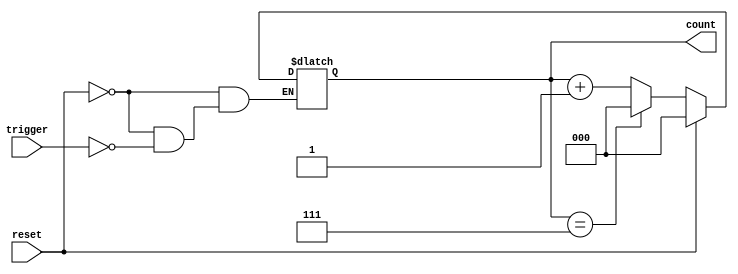
module mod_n_async_counter #(
    parameter N = 8 // Modulus value (e.g., 8 for Mod-8)
)(
    input wire trigger,     // Trigger signal to increment the counter
    input wire reset,       // Asynchronous reset signal
    output reg [k-1:0] count // Counter output
);
    // Determine the number of bits required to represent the count
    localparam k = $clog2(N); // Minimum bits required to represent values from 0 to N-1

    always @(*) begin
        if (reset) begin
            count = 0; // Reset the count to 0
        end else if (trigger) begin
            if (count == N-1) begin
                count = 0; // Reset to 0 when reaching N-1
            end else begin
                count = count + 1; // Increment the count
            end
        end
    end

endmodule